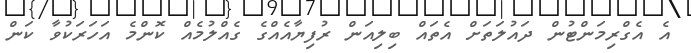
އެ އެގްރިމަންޓުން ދައުލަތަށް އެތައް ބިލިއަން ރުފިޔާއެއްގެ ގެއްލުމެއް ކޮންމެ އަހަރަކުވާ ކަން